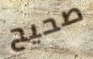
صحيح